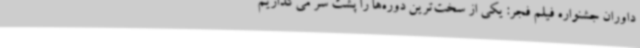
داوران جشنواره فیلم فجر: یکی از سخت‌ترین دوره‌ها را پشت سر می‌گذاریم